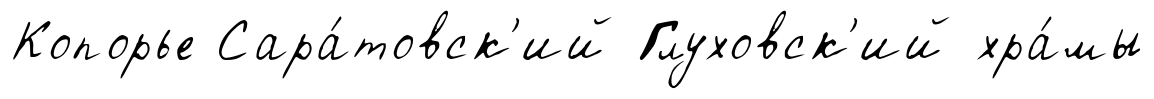
Копорье Сара́товск'ий Глуховск'ий хра́мы